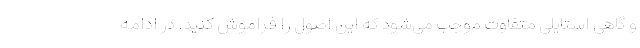
و گاهی استایلی متفاوت موجب می‌شود که این اصول را فراموش کنید. در ادامه